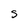
Character: s